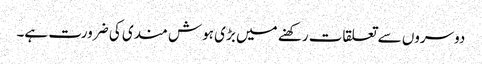
دوسروں سے تعلقات رکھنے میں بڑی ہوش مندی کی ضرورت ہے۔